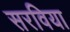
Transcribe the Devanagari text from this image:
सरविया